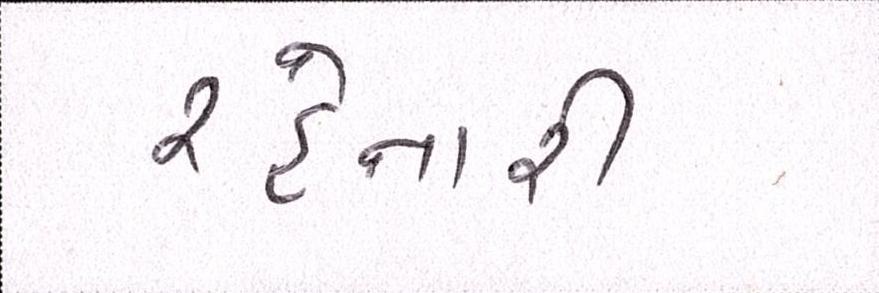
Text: રહેનારી